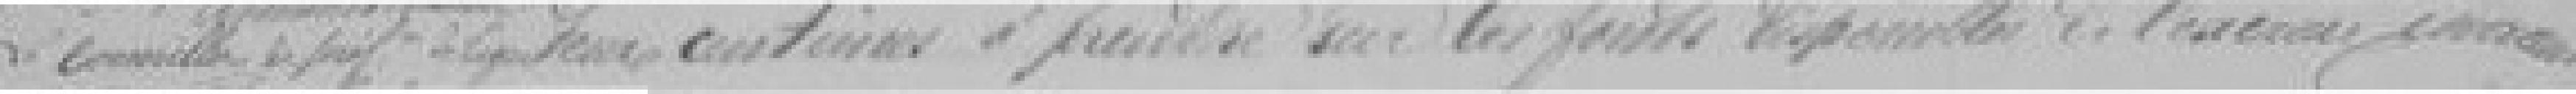
deux centimes à prendre sur les fonds disponibles de l'exercice